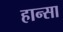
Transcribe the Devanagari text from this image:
हान्सा